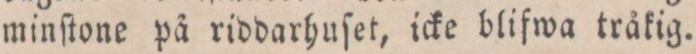
minſtone på riddarhuſet, icke blifwa tråkig.